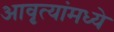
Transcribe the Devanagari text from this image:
आवृत्यांमध्ये